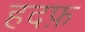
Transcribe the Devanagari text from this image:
हदफ़